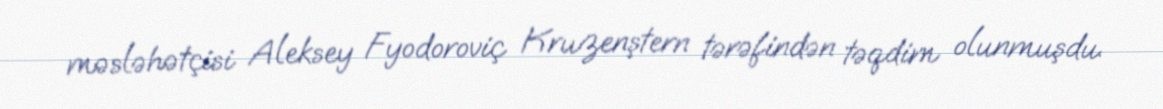
məsləhətçisi Aleksey Fyodoroviç Kruzenştern tərəfindən təqdim olunmuşdu.